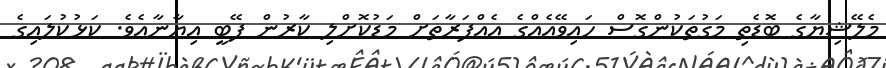
މެލޭޝިޔާގެ ބޮޑެތި މަގުތަކުންގޮސް ހައިވޭއެއްގެ އެއްފަރާތަށް މަޑުކޮށްލި ކާރުން ފޭބީ އިޔާނާއެވެ. ކަޅުކުލައިގެ